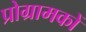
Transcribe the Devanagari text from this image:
प्रोग्रामकों